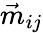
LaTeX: \vec{m}_{ij}